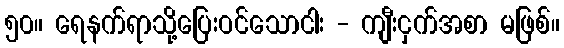
၅၀။ ရေနက်ရာသို့ပြေးဝင်သောငါး - ကျီးငှက်အစာ မဖြစ်။